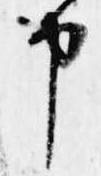
申